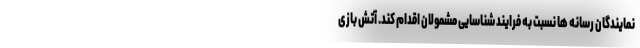
نمایندگان رسانه ها نسبت به فرایند شناسایی مشمولان اقدام کند. آتش بازی